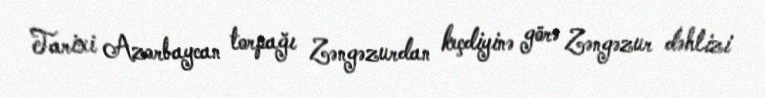
Tarixi Azərbaycan torpağı Zəngəzurdan keçdiyinə görə Zəngəzur dəhlizi